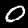
Label: 0